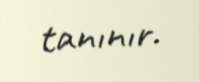
tanınır.